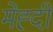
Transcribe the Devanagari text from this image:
मेह्दी